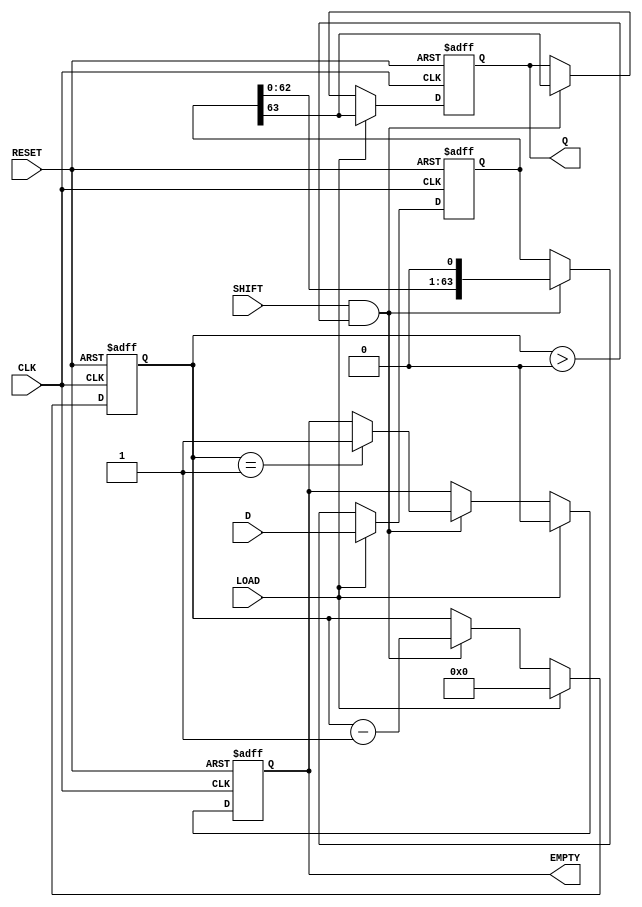
module PISO_64bit (
    input wire [63:0] D,       // 64-bit data input
    input wire LOAD,           // Load control signal
    input wire SHIFT,          // Shift control signal
    input wire CLK,            // Clock signal
    input wire RESET,          // Asynchronous reset signal
    output reg Q,              // Serial output
    output reg EMPTY           // Empty status signal
);

    reg [63:0] shift_reg;      // Internal shift register
    reg [5:0] count;           // Bit counter for shifting

    // Asynchronous reset
    always @(posedge RESET or posedge CLK) begin
        if (RESET) begin
            shift_reg <= 64'b0; // Clear the register
            Q <= 1'b0;          // Clear the output
            EMPTY <= 1'b1;      // Register is empty
            count <= 6'b0;      // Reset counter
        end else begin
            if (LOAD) begin
                shift_reg <= D;  // Load data into the register
                Q <= shift_reg[63]; // Output the MSB
                EMPTY <= 1'b0;   // Register is not empty
                count <= 6'd64;  // Set count to 64 (all bits loaded)
            end else if (SHIFT && count > 0) begin
                Q <= shift_reg[63]; // Output the MSB
                shift_reg <= {shift_reg[62:0], 1'b0}; // Shift left
                count <= count - 1; // Decrement the count
                if (count == 1) begin
                    EMPTY <= 1'b1; // Register is now empty
                end
            end
        end
    end

endmodule